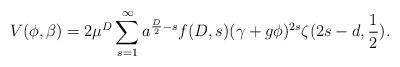
LaTeX: \begin{align*}V(\phi,\beta)=2\mu^{D}\sum^{\infty}_{s=1}a^{\frac{D}{2}-s}f(D,s)(\gamma+g\phi)^{2s}\zeta(2s-d,\frac{1}{2}).\end{align*}